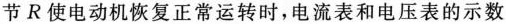
节R使电动机恢复正常运转时，电流表和电压表的示数